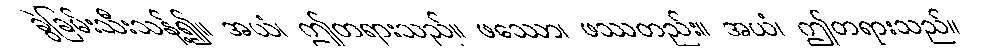
ခွဲခြမ်းသီးသန့်၍။ အယံ၊ ဤတရားသည်။ ဖဿော၊ ဖဿတည်း။ အယံ၊ ဤတရားသည်။